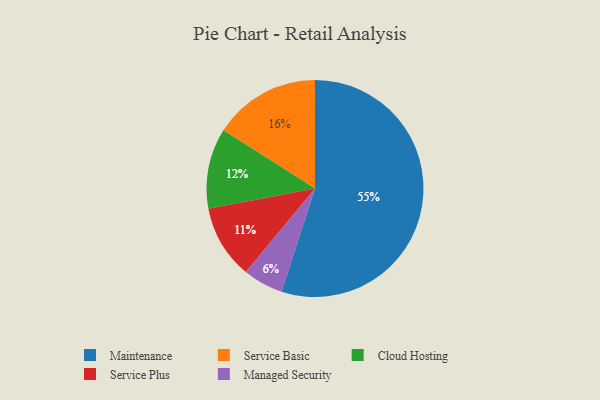
{"axis": {"x": "Category", "y": "Percentage"}, "legend": ["Cloud Hosting", "Maintenance", "Managed Security", "Service Basic", "Service Plus"], "data": [{"x": "Cloud Hosting", "y": 12, "type": "Cloud Hosting"}, {"x": "Maintenance", "y": 55, "type": "Maintenance"}, {"x": "Service Basic", "y": 16, "type": "Service Basic"}, {"x": "Service Plus", "y": 11, "type": "Service Plus"}, {"x": "Managed Security", "y": 6, "type": "Managed Security"}]}